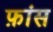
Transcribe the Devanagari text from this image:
फ़ांस